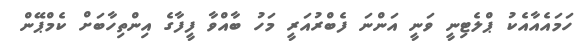
ހަމައެއާއެކު ޕްލެޓިނީ ވަނީ އަންނަ ފެބްރުއަރީ މަހު ބާއްވާ ފީފާގެ އިންތިހާބަށް ކެމްޕޭން